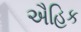
ઐહિક